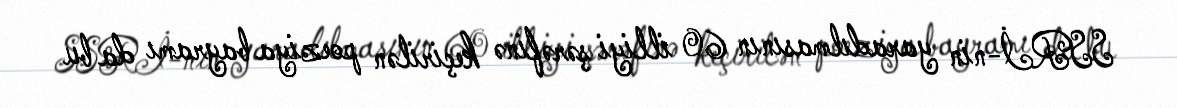
SSRİ-nin yaradılmasının 60 illiyi şərəfinə keçirilən poeziya bayramı da bu